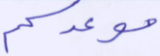
موعدكم